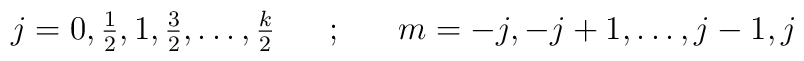
\mbox{$j=0,\frac12,1,\frac32,\dots,\frac k2$}~~~~~;~~~~~m=-j,-j+1,\dots,j-1,j